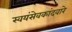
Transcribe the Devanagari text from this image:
स्वयंसेवकांदवारे